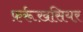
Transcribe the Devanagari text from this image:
फ़र्रूख़सियर